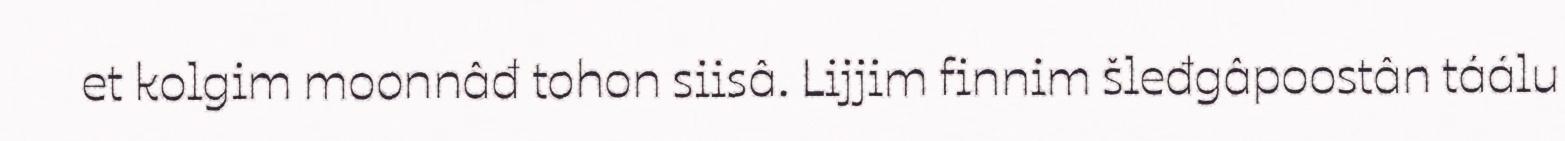
et kolgim moonnâđ tohon siisâ. Lijjim finnim šleđgâpoostân táálu